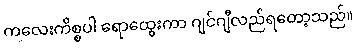
ကလေးကိစ္စပါ ရောထွေးကာ ဂျင်ဂျီလည်ရတော့သည်။